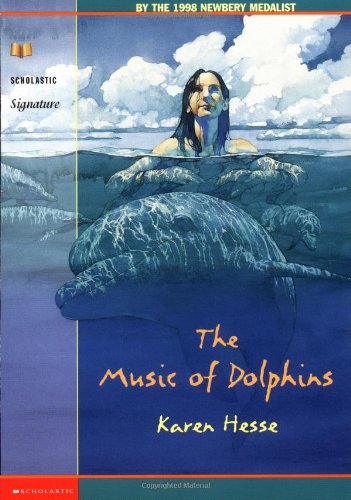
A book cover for The Music of Dolphins; Karen Hesse; Children's Books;